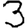
Digit: 3